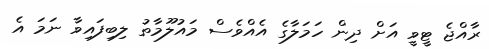
ރާއްޖެ ޓީވީ އަށް ދިން ހަމަލާގެ އެއްވެސް މައުލޫމާތު ލިބިފައިވާ ނަމަ އެ